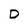
Character: D